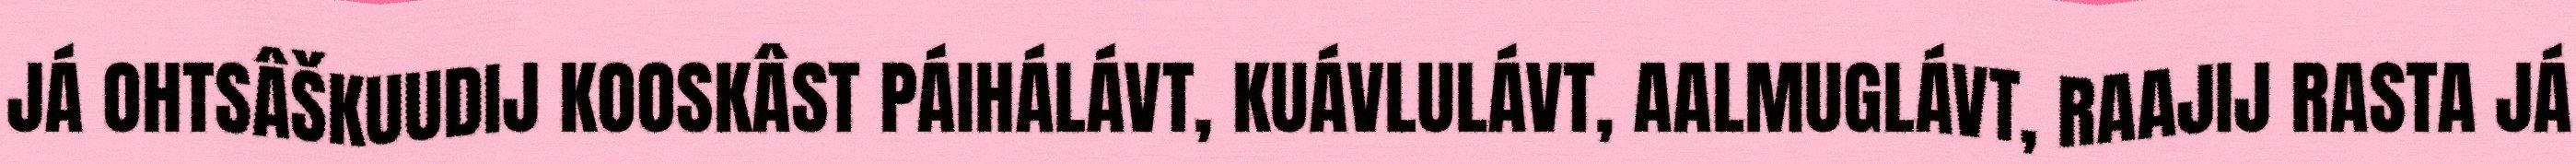
JÁ OHTSÂŠKUUDIJ KOOSKÂST PÁIHÁLÁVT, KUÁVLULÁVT, AALMUGLÁVT, RAAJIJ RASTA JÁ